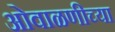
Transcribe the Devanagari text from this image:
ओवाळणीच्या